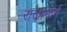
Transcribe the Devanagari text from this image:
राजामार्ग